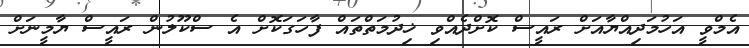
އެމްވީ އަހުމަދިއްޔާއަށް ރައީސް ކޮށްދެއްވި ޚިދުމަތްތައް ފާހަގަކޮށް އެ ސްކޫލުން ރައީސް ޔާމީނަށް